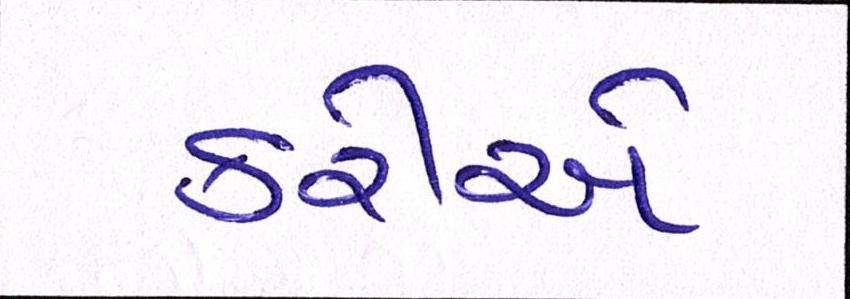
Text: કરીએ